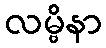
လမ္ဗိနာ